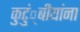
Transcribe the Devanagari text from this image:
कुटुं्बीयांना